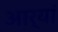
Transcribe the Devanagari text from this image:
आर्यां